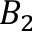
B _ { 2 }